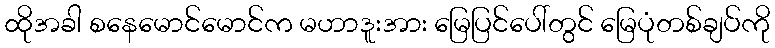
ထိုအခါ စနေမောင်မောင်က မဟာဒူးအား မြေပြင်ပေါ်တွင် မြေပုံတစ်ချပ်ကို